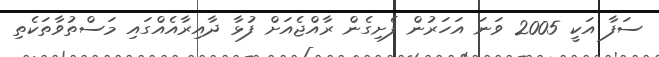
ސަފާ އަކީ 2005 ވަނަ އަހަރުން ފެށިގެން ރާއްޖެއަށް ފުޅާ ދާއިރާއެއްގައި މަސްތުވާތަކެތި